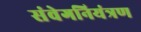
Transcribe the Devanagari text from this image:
संवेगनियंत्रण